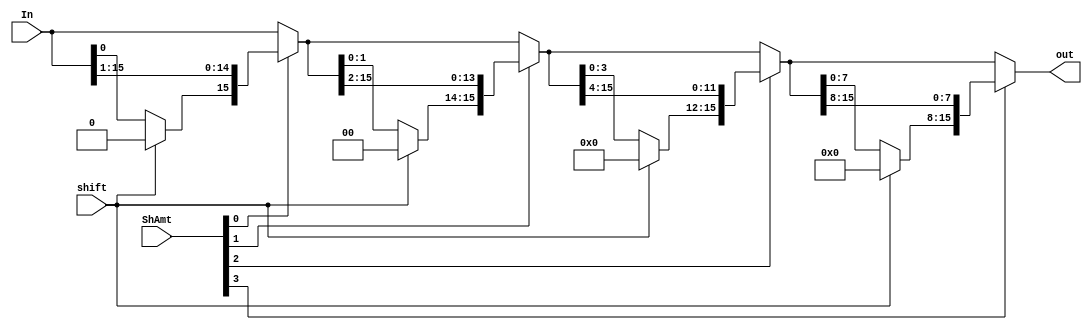
/*
	CS/ECE 552 Spring '22

	Filename        : right_shift_rotator.v
	Description     : A right shifter/rotator sub-module.
*/
module right_shift_rotator(In, shift, ShAmt, out);

	input [15:0]In;			// vector to be right shifted/rotated
	input shift;			// 1 to logical shift right, 0 to rotate right
	input [3:0]ShAmt;		// shift/rotate amount, 0 to 15
	output [15:0]out;		// resulting vector of right shift/rotate

	wire [15:0] stage1, stage2, stage3;	// three intermediate stages of right shift/rotate
	
	// logical right shift / right rotate according to ShAmt[0] and shift only, stay the same or move 1 bits
	assign stage1 = ShAmt[0] ? {shift ? 1'b0 : In[0], In[15:1]} : In;
	// samilar as above, consider ShAmt[1] and move 2 bits if needed
	assign stage2 = ShAmt[1] ? {shift ? 2'b00 : stage1[1:0], stage1[15:2]} : stage1;
	// samilar as above, consider ShAmt[2] and move 4 bits if needed
	assign stage3 = ShAmt[2] ? {shift ? 4'h0 : stage2[3:0], stage2[15:4]} : stage2;
	// samilar as above, consider ShAmt[3] and move 8 bits if needed
	assign out = ShAmt[3] ? {shift ? 8'h00 : stage3[7:0], stage3[15:8]} : stage3;

endmodule